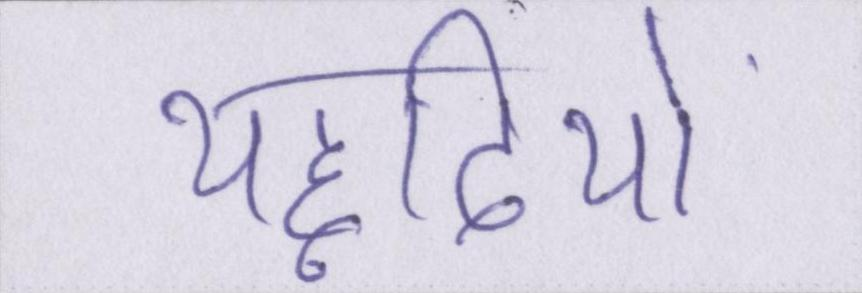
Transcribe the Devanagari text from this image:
यहूदियों